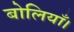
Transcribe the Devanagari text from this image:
बोलियाँ।